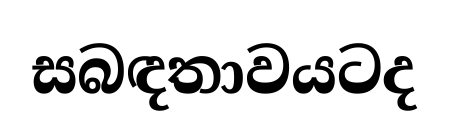
සබඳතාවයටද